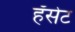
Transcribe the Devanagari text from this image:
हॅसेट